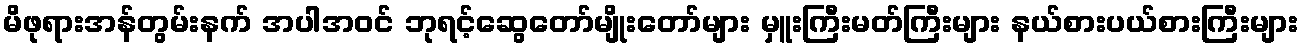
မိဖုရားအန်တွမ်းနက် အပါအဝင် ဘုရင့်ဆွေတော်မျိုးတော်များ မှူးကြီးမတ်ကြီးများ နယ်စားပယ်စားကြီးများ